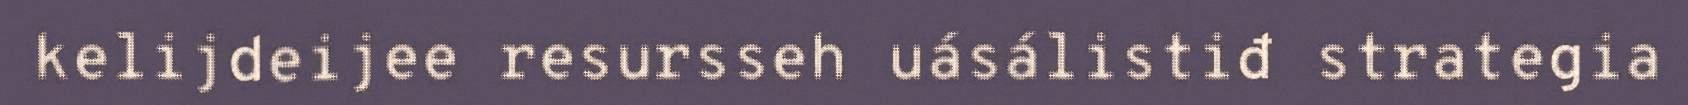
kelijdeijee resursseh uásálistiđ strategia